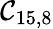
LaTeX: \mathcal{C}_{15,8}